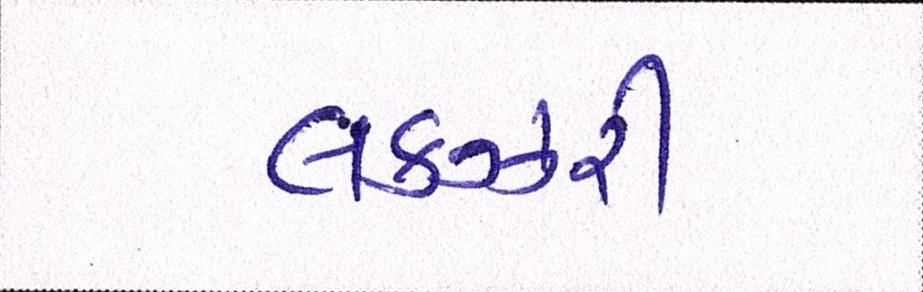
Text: લકઝરી